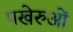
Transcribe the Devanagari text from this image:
पखेरुओं